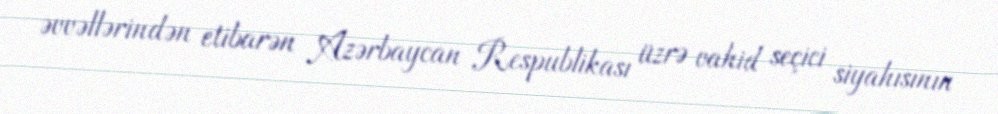
əvvəllərindən etibarən Azərbaycan Respublikası üzrə vahid seçici siyahısının